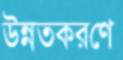
উন্নতকরণে